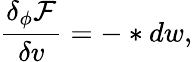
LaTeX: \frac{\delta_{\phi}\mathcal{F}}{\delta v}=-\ast dw,